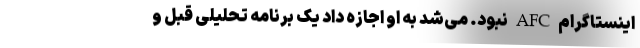
اینستاگرام AFC نبود. می‌شد به او اجازه داد یک برنامه تحلیلی قبل و